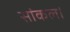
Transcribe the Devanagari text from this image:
सांकल।